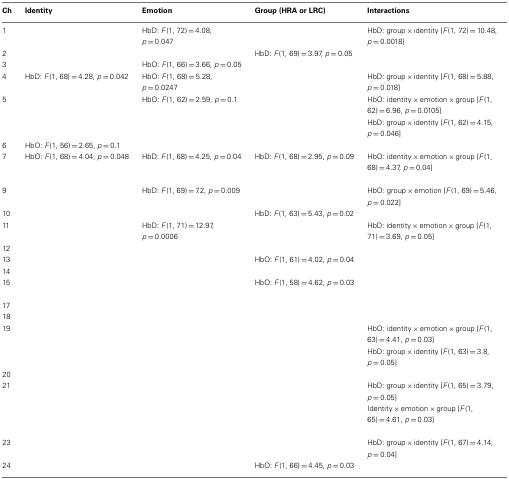
<table><thead><tr><td><b>Ch</b></td><td><b>Identity</b></td><td><b>Emotion</b></td><td><b>Group (HRA or LRC)</b></td><td><b>Interactions</b></td></tr></thead><tbody><tr><td>1</td><td></td><td>HbD: <i>F</i>(1, 72) = 4.08, <i>p</i> = 0.047</td><td></td><td>HbD: group × identity [<i>F</i>(1, 72) = 10.48, <i>p</i> = 0.0018]</td></tr><tr><td>2</td><td></td><td></td><td>HbD: <i>F</i>(1, 69) = 3.97, <i>p</i> = 0.05</td><td></td></tr><tr><td>3</td><td></td><td>HbO: <i>F</i>(1, 66) = 3.66, <i>p</i> = 0.05</td><td></td><td></td></tr><tr><td>4</td><td>HbD: <i>F</i>(1, 68) = 4.28, <i>p</i> = 0.042</td><td>HbO: <i>F</i>(1, 68) = 5.28, <i>p</i> = 0.0247</td><td></td><td>HbD: group × identity [<i>F</i>(1, 68) = 5.88, <i>p</i> = 0.018]</td></tr><tr><td>5</td><td></td><td>HbO: <i>F</i>(1, 62) = 2.59, <i>p</i> = 0.1</td><td></td><td>HbO: identity × emotion × group [<i>F</i>(1, 62) = 6.96, <i>p</i> = 0.0105]</td></tr><tr><td></td><td></td><td></td><td></td><td>HbD: group × identity [<i>F</i>(1, 62) = 4.15, <i>p</i> = 0.046]</td></tr><tr><td>6</td><td>HbO: <i>F</i>(1, 56) = 2.65, <i>p</i> = 0.1</td><td></td><td></td><td></td></tr><tr><td>7</td><td>HbO: <i>F</i>(1, 68) = 4.04, <i>p</i> = 0.048</td><td>HbD: <i>F</i>(1, 68) = 4.25, <i>p</i> = 0.04</td><td>HbD: <i>F</i>(1, 68) = 2.95, <i>p</i> = 0.09</td><td>HbO: identity × emotion × group [<i>F</i>(1, 68) = 4.37, <i>p</i> = 0.04]</td></tr><tr><td>9</td><td></td><td>HbD: <i>F</i>(1, 69) = 7.2, <i>p</i> = 0.009</td><td></td><td>HbO: group × emotion [<i>F</i>(1, 69) = 5.46, <i>p</i> = 0.022]</td></tr><tr><td>10</td><td></td><td></td><td>HbD: <i>F</i>(1, 63) = 5.43, <i>p</i> = 0.02</td><td></td></tr><tr><td>11</td><td></td><td>HbD: <i>F</i>(1, 71) = 12.97, <i>p</i> = 0.0006</td><td></td><td>HbD: identity × emotion × group [<i>F</i>(1, 71) = 3.69, <i>p</i> = 0.05]</td></tr><tr><td>12</td><td></td><td></td><td></td><td></td></tr><tr><td>13</td><td></td><td></td><td>HbO: <i>F</i>(1, 61) = 4.02, <i>p</i> = 0.04</td><td></td></tr><tr><td>14</td><td></td><td></td><td></td><td></td></tr><tr><td>15</td><td></td><td></td><td>HbO: <i>F</i>(1, 58) = 4.62, <i>p</i> = 0.03</td><td></td></tr><tr><td>17</td><td></td><td></td><td></td><td></td></tr><tr><td>18</td><td></td><td></td><td></td><td></td></tr><tr><td>19</td><td></td><td></td><td></td><td>HbO: identity × emotion × group [<i>F</i>(1, 63) = 4.41, <i>p</i> = 0.03]</td></tr><tr><td></td><td></td><td></td><td></td><td>HbD: group × identity [<i>F</i>(1, 63) = 3.8, <i>p</i> = 0.05]</td></tr><tr><td>20</td><td></td><td></td><td></td><td></td></tr><tr><td>21</td><td></td><td></td><td></td><td>HbD: group × identity [<i>F</i>(1, 65) = 3.79, <i>p</i> = 0.05]</td></tr><tr><td></td><td></td><td></td><td></td><td>Identity × emotion × group [<i>F</i>(1, 65) = 4.61, <i>p</i> = 0.03]</td></tr><tr><td>23</td><td></td><td></td><td></td><td>HbD: group × identity [<i>F</i>(1, 67) = 4.14, <i>p</i> = 0.04]</td></tr><tr><td>24</td><td></td><td></td><td>HbO: <i>F</i>(1, 66) = 4.45, <i>p</i> = 0.03</td><td></td></tr></tbody></table>